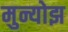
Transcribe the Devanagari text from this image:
मुन्योझ